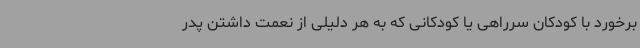
برخورد با کودکان سرراهی یا کودکانی که به هر دلیلی از نعمت داشتن پدر